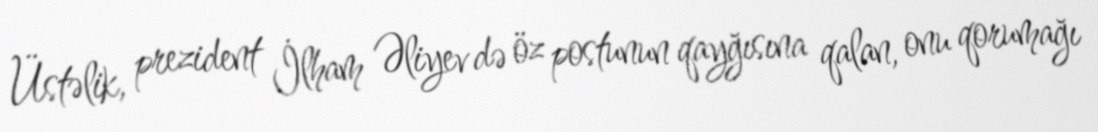
Üstəlik, prezident İlham Əliyev də öz postunun qayğısına qalan, onu qorumağı